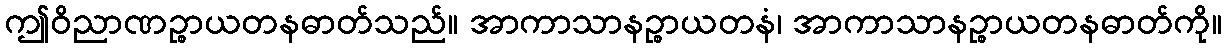
ဤဝိညာဏဉ္စာယတနဓာတ်သည်။ အာကာသာနဉ္စာယတနံ၊ အာကာသာနဉ္စာယတနဓာတ်ကို။